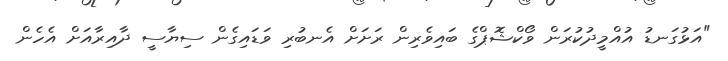
"އަޅުގަނޑު އުއްމީދުކުރަން ވޯކްޝޮޕްގެ ބައިވެރިން ރަށަށް އެނބުރި ވަޑައިގެން ސިޔާސީ ދާއިރާއަށް އެހެން